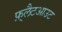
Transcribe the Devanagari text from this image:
फ़्लैटआउट